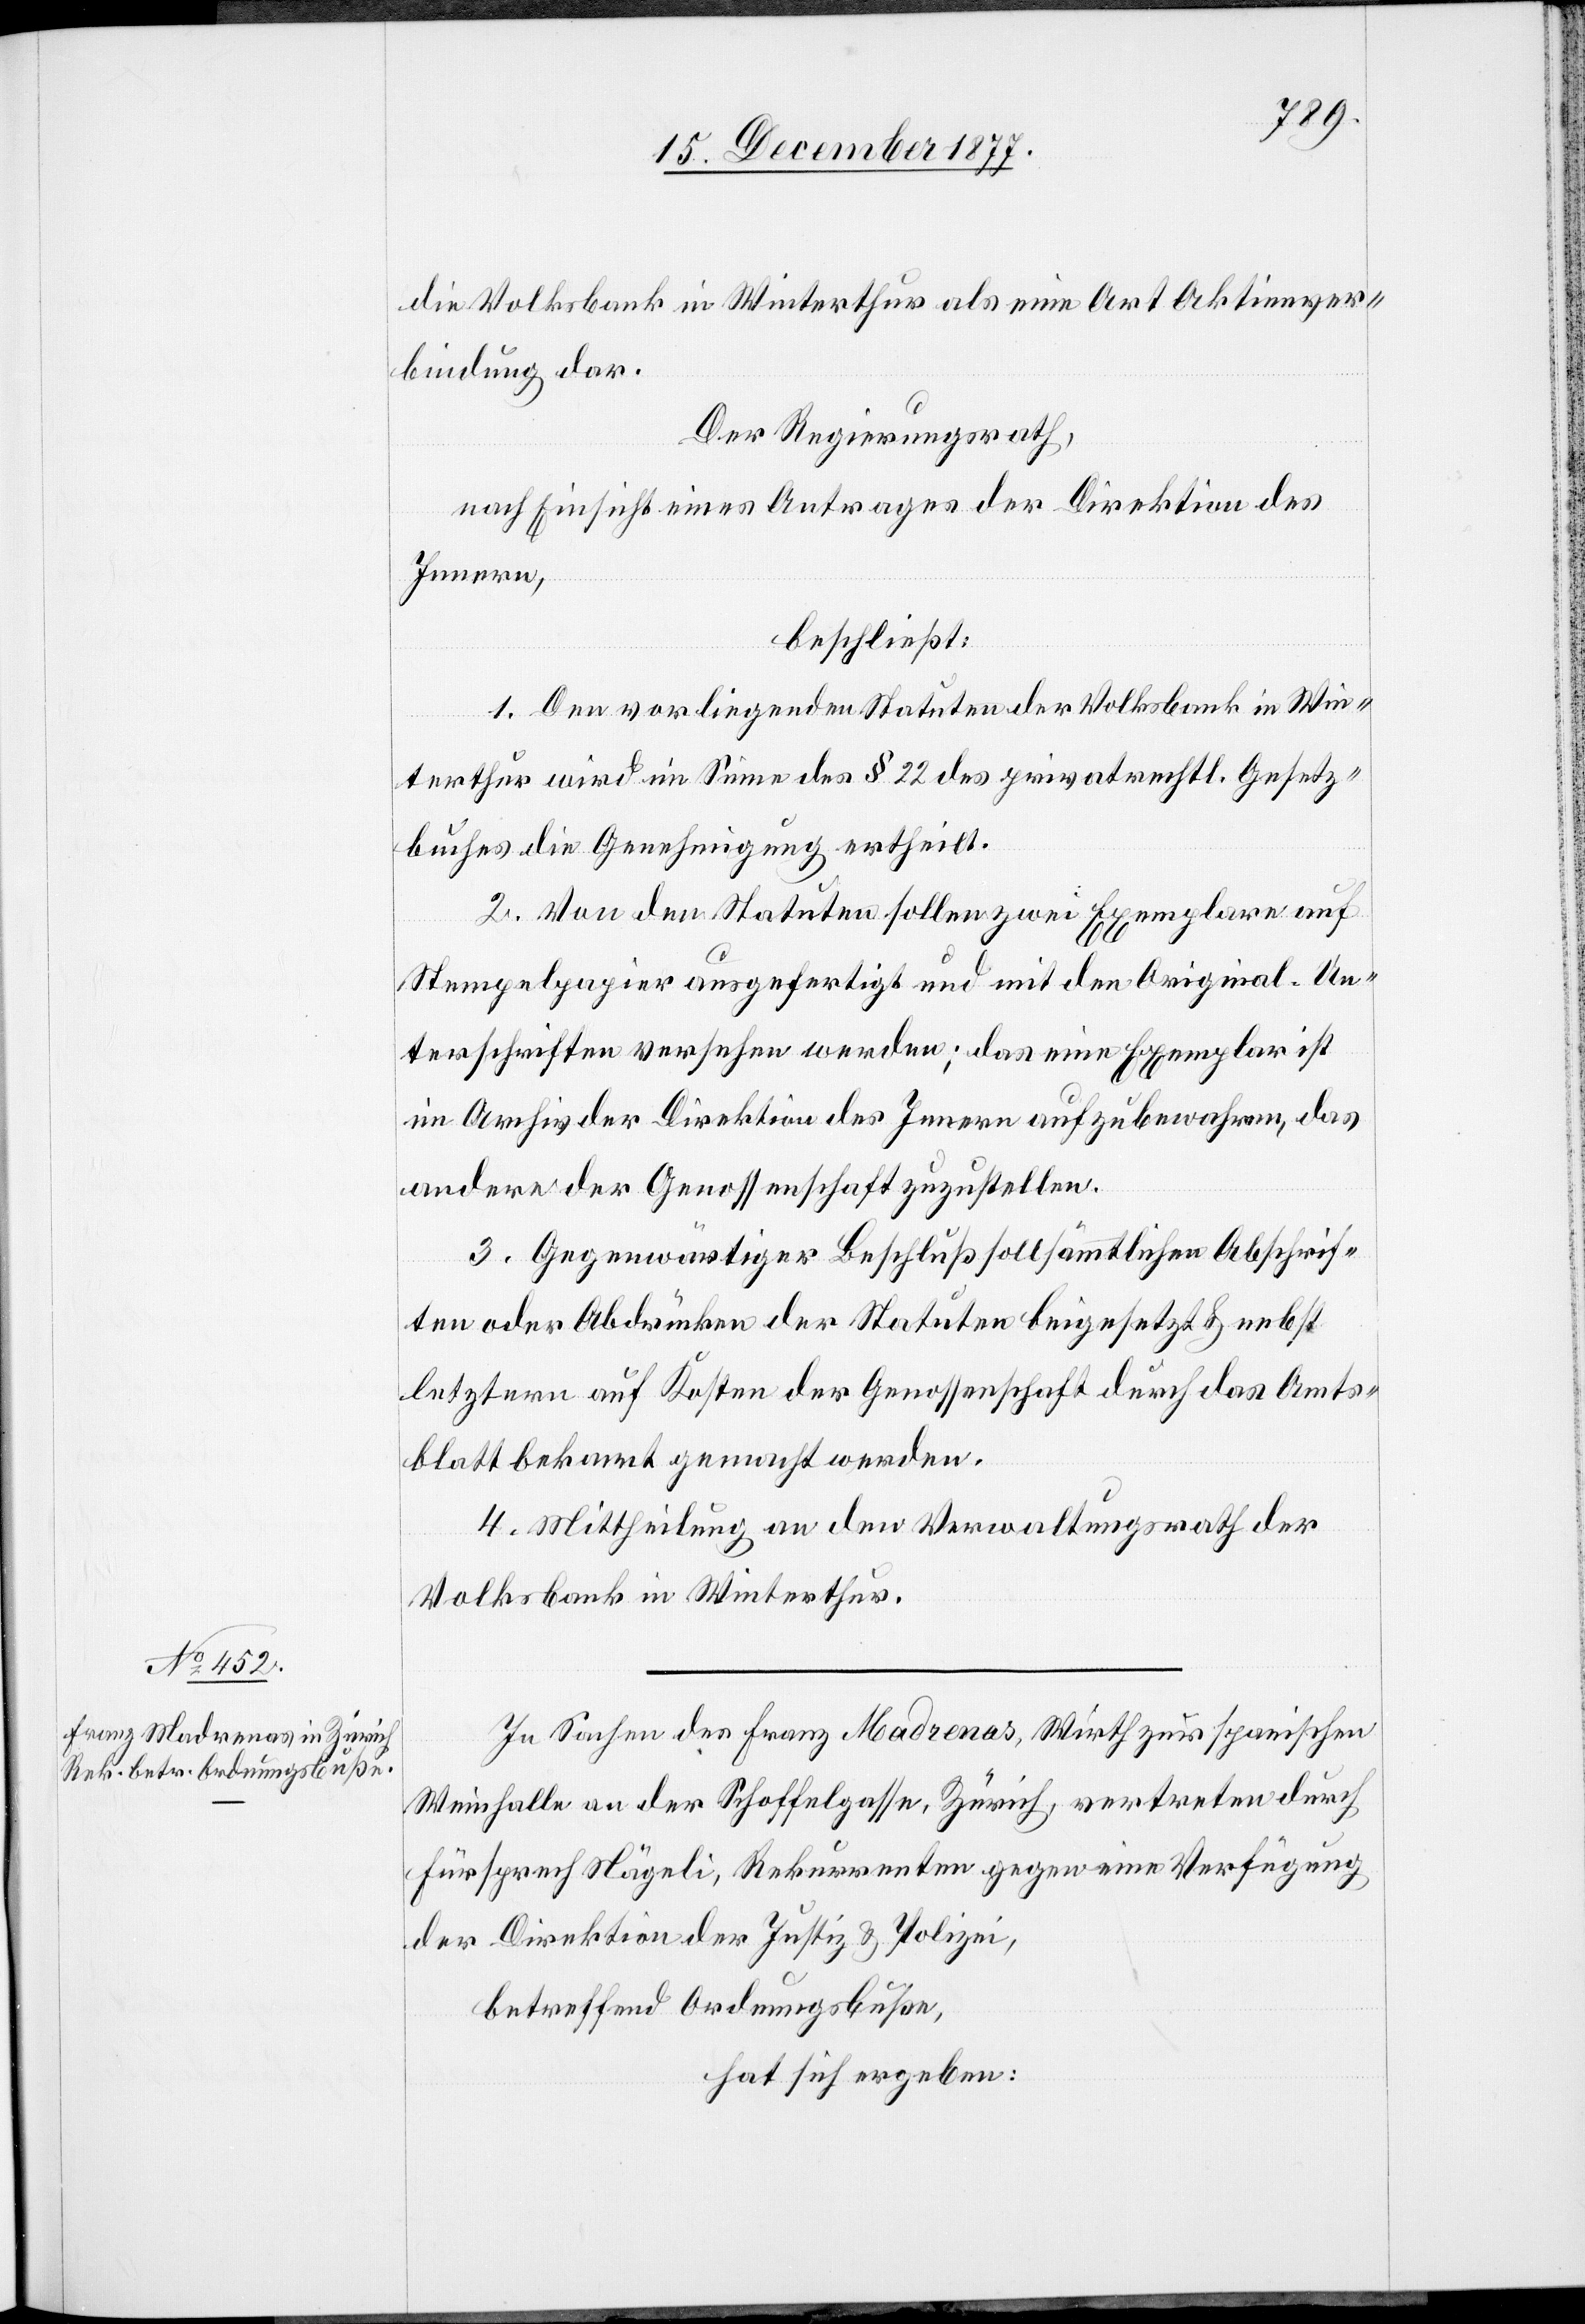
die Volksbank in Winterthur als eine Art Aktienver¬
bindung dar.
Der Regierungsrath,
nach Einsicht eines Antrages der Direktion des
Innern,
beschließt:
1. Den vorliegenden Statuten der Volksbank in Win¬
terthur wird im Sinne des § 22 des privatrechtl. Gesetz¬
buches die Genehmigung ertheilt.
2. Von den Statuten sollen zwei Exemplare auf
Stempelpapier ausgefertigt und mit den Original-Un¬
terschriften versehen werden; das eine Exemplar ist
im Archiv der Direktion des Innern aufzubewahren, das
andere der Genossenschaft zuzustellen.
3. Gegenwärtiger Beschluß soll sämmtlichen Abschrif¬
ten oder Abdrücken der Statuten beigesetzt & nebst
letztern auf Kosten der Genossenschaft durch das Amts¬
blatt bekannt gemacht werden.
4. Mittheilung an den Verwaltungsrath der
Volksbank in Winterthur.
In Sachen des Franz Madrenas, Wirth zur spanischen
Weinhalle an der Schoffelgasse, Zürich, vertreten durch
Fürsprech Nägeli, Rekurrenten gegen eine Verfügung
der Direktion der Justiz & Polizei,
betreffend Ordnungsbuße,
hat sich ergeben: